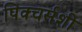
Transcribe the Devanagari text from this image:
पिक्चर्सशी